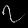
Digit: ၇